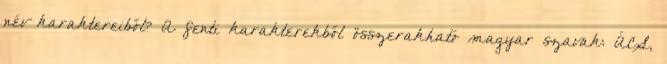
név karaktereiből? A fenti karakterekből összerakható magyar szavak: ÁCS,